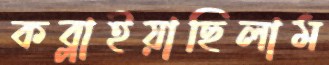
কব্‌লাইয়াছিলাম